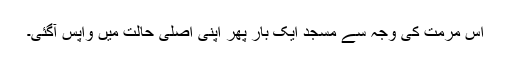
اس مرمت کی وجہ سے مسجد ایک بار پھر اپنی اصلی حالت میں واپس آگئی۔